King Institute of Preventive Medicine Micro-Biological Section reports 1912-19
Year: 1912
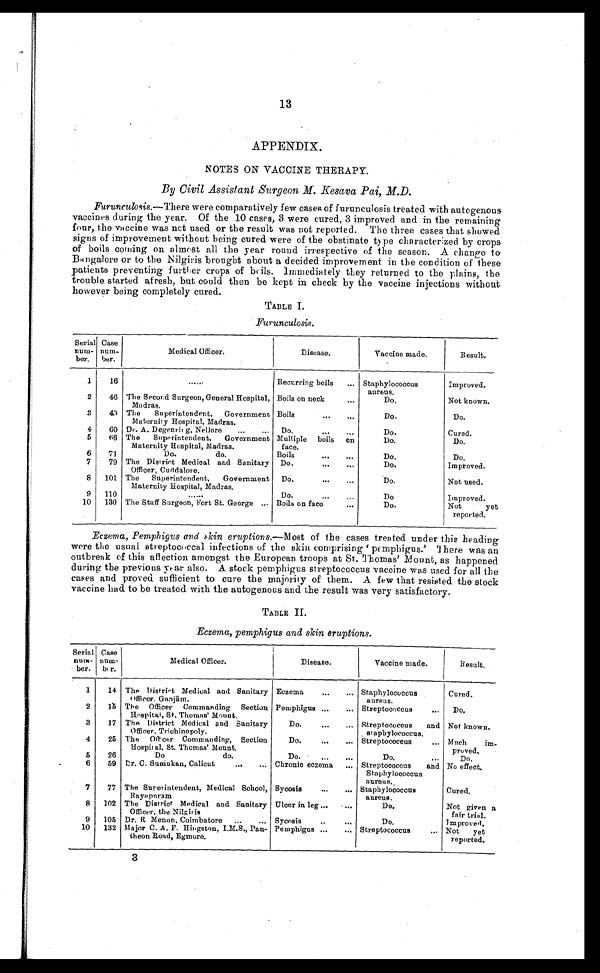
13
APPENDIX.
NOTES ON VACCINE THERAPY.
By Civil Assistant Surgeon M. Kesava Pai, M.D.
Furunculosis.—There were comparatively few cases of furunculosis treated with autogenous
vaccines during the year. Of the 10 cases, 3 were cured, 3 improved and in the remaining
four, the vaccine was not used or the result was not reported. The three cases that showed
signs of improvement without being cured were of the obstinate type characterized by crops
of boils coming on almost all the year round irrespective of the season. A change to
Bangalore or to the Nilgiris brought about a decided improvement in the condition of these
patients preventing further crops of boils. Immediately they returned to the plains, the
trouble started afresh, but could then be kept in check by the vaccine injections without
however being completely cured.
TABLE I.
Furunculosis.
Serial
num-
ber.
Case
n u m -
ber.
Medical Officer.
Disease.
Vaccine made.
Result.
1
16
. . .
Recurring boils . . .
Staphylococcus
aureus.
Improved.
2
46 The Second Surgeon, General Hospital,
Madras.
Boils on neck . . .
Do.
Not known.
3
42 The Superintendent, Government
Maternity Hospital, Madras.
Boils . . .
Do.
Do.
4
60 Dr. A. Degenring, Nellore . . .
Do. . . .
Do.
Cured.
5
66 The Superintendent, Government
Maternity Hospital, Madras.
Multiple boils on
face.
Do.
Do.
6
71
Do. do.
Boils . . .
Do.
Do.
7
79 The District Medical and Sanitary
Officer, Cuddalore.
Do. . . .
Do.
Improved.
8
101 The Superintendent, Government
Maternity Hospital, Madras.
Do. . . .
Do.
Not used.
9
110
. . .
Do. . . .
Do.
Improved.
10
130 The Staff Surgeon, Fort St. George . . . Boils on face . . .
Do.
Not yet
reported.
Eczema, Pemphigus and skin eruptions .—Most of the cases treated under this heading
were the usual streptococcal infections of the skin comprising 'pemphigus.' There was an
outbreak of this aflection amongst the European troops at St. Thomas' Mount, as happened
during the previous year also. A stock pemphigus streptococcus vaccine was used for all the
cases and proved sufficient to cure the majority of them. A few that resisted the stock
vaccine had to be treated with the autogenous and the result was very satisfactory.
TABLE II.
Eczema, pemphigus and skin eruptions.
Serial
num-
ber.
Case
num-
ber.
Medical Officer.
Disease.
Vaccine made.
Result.
1
14 The District Medical and Sanitary
Officer. Ganjām.
Eczema . . .
Staphylococcus
aureus.
Cured.
2
15 The Officer Commanding Section
Hospital, St, Thomas' Mount.
Pemphigus . . .
Streptococcus . . .
Do.
3
17 The District Medical And Sanitary
Officer, Trichinopoly.
Do. . . .
Streptococcus and
staphylococcus.
Not known.
4
25 The Offcer Commanding, Section
Hospital, St. Thomas' Mount.
Do. . . .
Streptococcus . . .
Much im
-proved.
5
26
Do. do.
Do. . . .
Do. . . . Do.
6
59 Dr. C. Sumukan, Calicut . . .
Chronic eczema . . .
Streptococcus and
Staphylococcus
aureus.
No effect.
7
77 The Superintendent, Medical School,
Rayapnram.
Sycosis . . .
Staphylococcus
aureus.
Cured.
8
102 The District Medical and Sanitary
Officer, the Nilgiris
Ulcer in leg . . .
Do.
Not given a
fair trial.
9
105 Dr. R Menon, Coimbatore . . .
Sycosis . . .
Do.
I m proved.
10
132 Major C. A. F. Hingston, I.M.S., Pan-
theon Road, Egmore.
Pemphigus . . .
Streptococcus . . .
Not yet
reported.